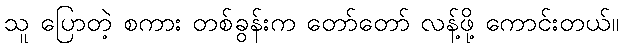
သူ ပြောတဲ့ စကား တစ်ခွန်းက တော်တော် လန့်ဖို့ ကောင်းတယ်။